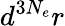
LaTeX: d^{3N_{e}}r